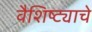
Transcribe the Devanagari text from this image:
वैशिष्ट्याचे